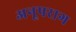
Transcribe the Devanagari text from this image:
अनूपराग